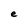
Character: e